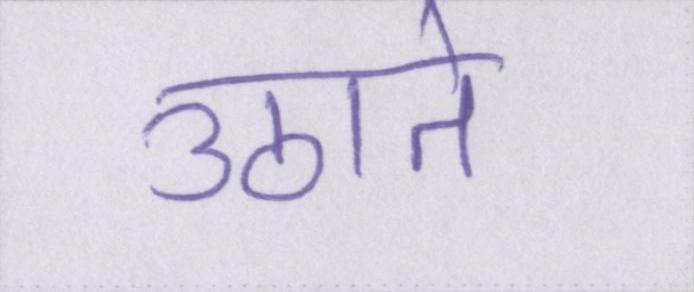
उठाते